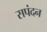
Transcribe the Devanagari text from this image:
सपंदन